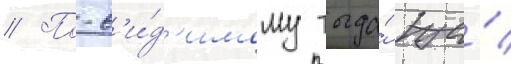
// По-в'и́д'имому тогда́ же́